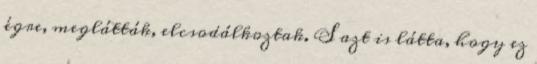
égre, meglátták, elcsodálkoztak. S azt is látta, hogy ez